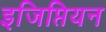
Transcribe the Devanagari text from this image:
इजिप्तियन